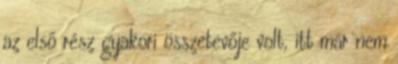
az első rész gyakori összetevője volt, itt már nem